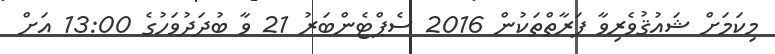
މިކަމަށް ޝައުޤުވެރިވާ ފަރާތްތަކުން 2016 ސެޕްޓެންބަރު 21 ވާ ބުދަދުވަހުގެ 13:00 އަށް